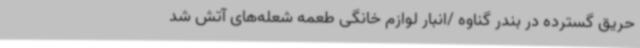
حریق گسترده در بندر گناوه /انبار لوازم خانگی طعمه شعله‌های آتش شد